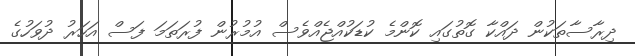
ދިރާސާތަކުން ދައްކާ ގޮތުގައި ކޮންމެ ކުޑަކުއްޖެއްވެސް އުމުރުން ފުރަތަމަ ފަސް އަހަރު ދުވަހުގެ